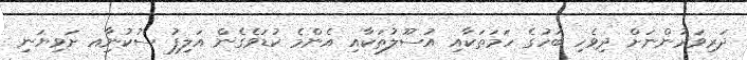
ދަރިވަރުންނަށް ދިވެހި ބަހުގެ ހަމަތަކާއި އުސޫލުތަކާއި އެންމެ ކުޑަވެގެން އަލިފު ސުކުނާިއ ށަވިޔަނި